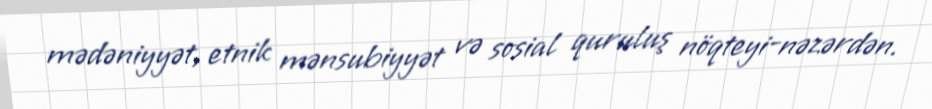
mədəniyyət, etnik mənsubiyyət və sosial quruluş nöqteyi-nəzərdən.